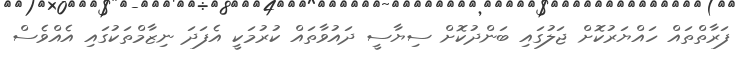
ފަރާތްތައް ހައްޔަރުކޮށް ޖަލުގައި ބަންދުކޮށް ސިޔާސީ ދައުވާތައް ކުރުމަކީ އެފަދަ ނިޒާމްތަކުގައި އެއްވެސް